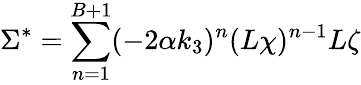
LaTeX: \Sigma^{*}=\sum_{n=1}^{B+1}(-2\alpha k_{3})^{n}(L\chi)^{n-1}L\zeta